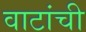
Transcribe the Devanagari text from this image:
वाटांची